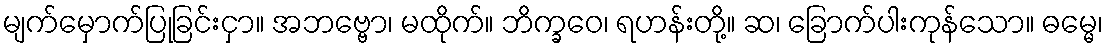
မျက်မှောက်ပြုခြင်းငှာ။ အဘဗ္ဗော၊ မထိုက်။ ဘိက္ခဝေ၊ ရဟန်းတို့။ ဆ၊ ခြောက်ပါးကုန်သော။ ဓမ္မေ၊